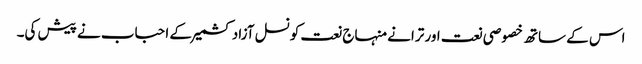
اس کے ساتھ خصوصی نعت اور ترانے منہاج نعت کونسل آزاد کشمیر کے احباب نے پیش کی۔